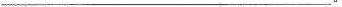
___。